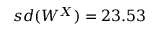
s d ( W ^ { X } ) = 2 3 . 5 3